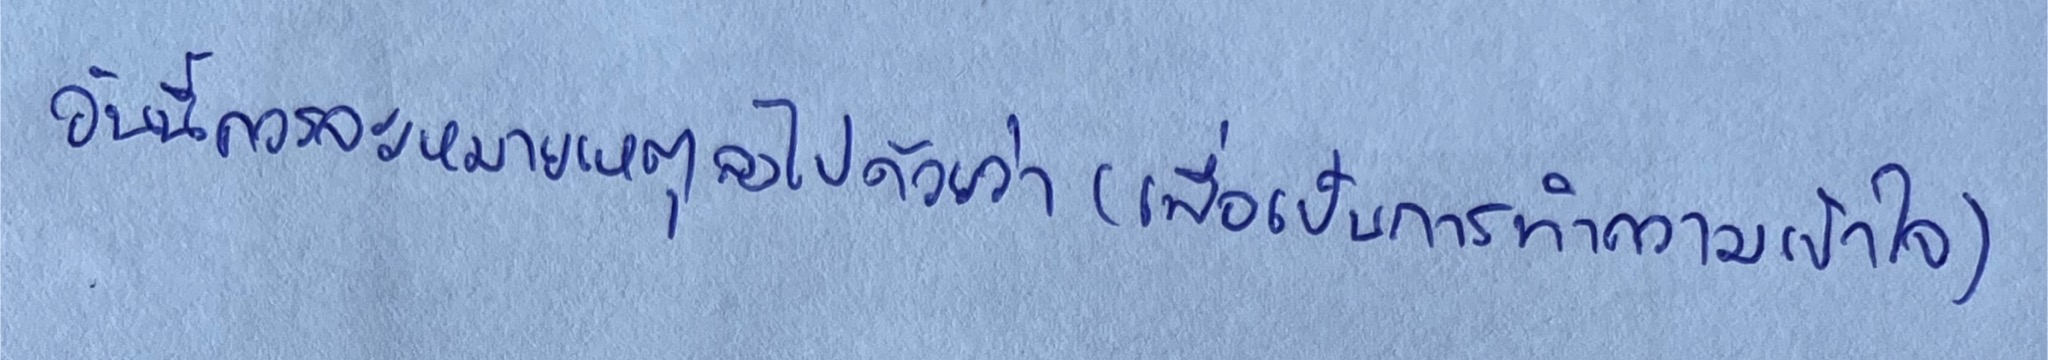
อันนี้ควรจะหมายเหตุลงไปด้วยว่า(เพื่อเป็นการทำความเข้าใจ)